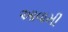
આવામી